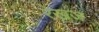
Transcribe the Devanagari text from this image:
रेखज